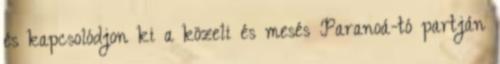
és kapcsolódjon ki a közeli és mesés Paranoá-tó partján